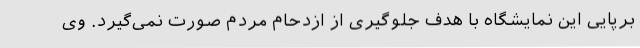
برپایی این نمایشگاه با هدف جلوگیری از ازدحام مردم صورت نمی‌گیرد. وی